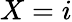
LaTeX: X=i